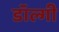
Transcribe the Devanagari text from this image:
डॉल्गी